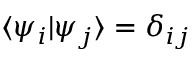
\langle \psi _ { i } \vert \psi _ { j } \rangle = \delta _ { i j }